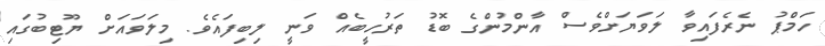
ހަމްޕު ނެރެފައިވާ ލަވަޔަށްވެސް އާންމުންގެ ބޮޑު ތަރުހީބެއް ވަނީ ލިބިފައެވެ. މިލަވައަށް ޔޫޓިބުގައި